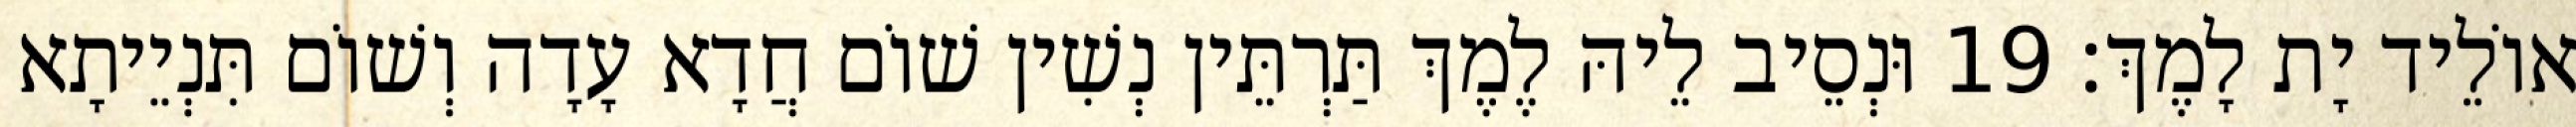
אוֹלֵיד יָת לָמֶךְ׃ 19 וּנְסֵיב לֵיהּ לֶמֶךְ תַּרְתֵּין נְשִׁין שׁוֹם חֲדָא עָדָה וְשׁוֹם תִּנְיֵיתָא